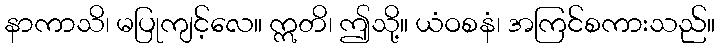
နာကာသိ၊ မပြုကျင့်လေ။ ဣတိ၊ ဤသို့။ ယံဝစနံ၊ အကြင်စကားသည်။